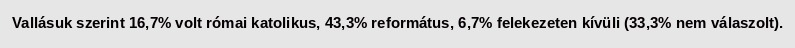
Vallásuk szerint 16,7% volt római katolikus, 43,3% református, 6,7% felekezeten kívüli (33,3% nem válaszolt).